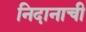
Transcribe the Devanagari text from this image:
निदानाची